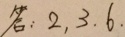
答 : 2 , 3 . 6 .